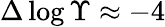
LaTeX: \Delta\log\Upsilon\approx-4